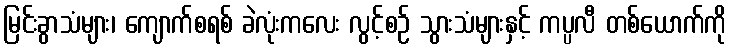
မြင်းခွာသံများ၊ ကျောက်စရစ် ခဲလုံးကလေး လွင့်စဉ် သွားသံများနှင့် ကပ္ပလီ တစ်ယောက်ကို